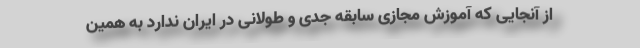
از آنجایی که آموزش مجازی سابقه جدی و طولانی در ایران ندارد به همین